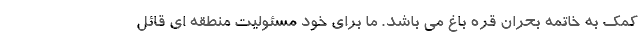
کمک به خاتمه بحران قره باغ می باشد. ما برای خود مسئولیت منطقه ای قائل